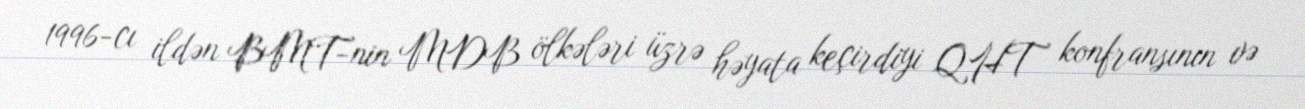
1996-cı ildən BMT-nin MDB ölkələri üzrə həyata keçirdiyi QHT konfransının və